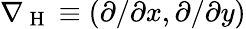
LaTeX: \nabla_{\mathrm{~H~}}\equiv(\partial/\partial x,\partial/\partial y)